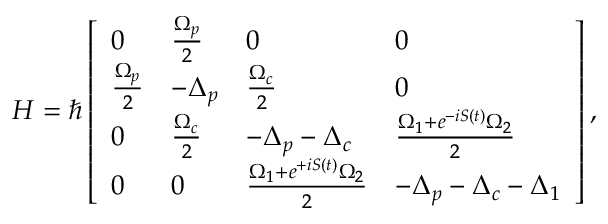
H = \hbar \left[ \begin{array} { l l l l } { 0 } & { \frac { \Omega _ { p } } { 2 } } & { 0 } & { 0 } \\ { \frac { \Omega _ { p } } { 2 } } & { - \Delta _ { p } } & { \frac { \Omega _ { c } } { 2 } } & { 0 } \\ { 0 } & { \frac { \Omega _ { c } } { 2 } } & { - \Delta _ { p } - \Delta _ { c } } & { \frac { \Omega _ { 1 } + e ^ { - i S ( t ) } \Omega _ { 2 } } { 2 } } \\ { 0 } & { 0 } & { \frac { \Omega _ { 1 } + e ^ { + i S ( t ) } \Omega _ { 2 } } { 2 } } & { - \Delta _ { p } - \Delta _ { c } - \Delta _ { 1 } } \end{array} \right] ,